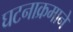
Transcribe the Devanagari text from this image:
घटनाक्रमाने